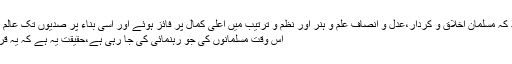
اس رہنمائی کا نتیجہ یہ نکلا کہ مسلمان اخلاق و کردار،عدل و انصاف علم و ہنر اور نظم و ترتیب میں اعلی کمال پر فائز ہوئے اور اسی بناء پر صدیوں تک عالم کی مسند اقتدار پر فائز رہے
اس وقت مسلمانوں کی جو رہنمائی کی جا رہی ہے،حقیقت یہ ہے کہ یہ قرآن وسنت سے ہم آہنگ نہیں۔